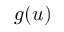
g ( u )